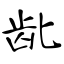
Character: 龀